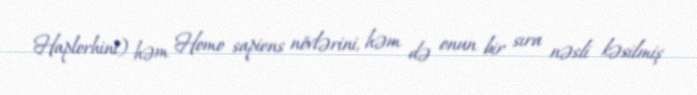
Haplorhini) həm Homo sapiens növlərini, həm də onun bir sıra nəsli kəsilmiş